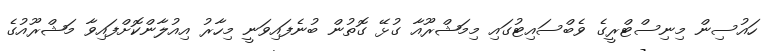
ހައުސިން މިނިސްޓްރީގެ ވެބްސައިޓުގައި މިމަޝްރޫއާ ގުޅޭ ގޮތުން ބުނެފައިވަނީ މިހާރު އިއުލާންކޮށްފައިވާ މަޝްރޫއުގެ